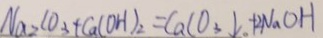
N a _ { 2 } C O _ { 3 } + C a ( O H ) _ { 2 } = C a C O _ { 3 } \downarrow 。 + 2 N a O H